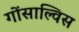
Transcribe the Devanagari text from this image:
गोंसाल्विस